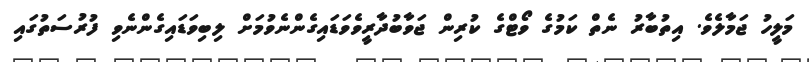
މަލީހު ޖަމާލެވެ. އިތުބާރު ނެތް ކަމުގެ ވޯޓްގެ ކުރިން ޖަވާބުދާރީވެވަޑައިގެންނެވުމަށް ލިބިވަޑައިގެންނެވި ފުރުސަތުގައި